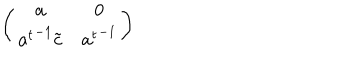
\left( \begin{matrix} { { { \bf a } } } & { { { 0 } } } \\ { { { { \bf a } ^ { t } } ^ { - 1 } { \tilde { \bf c } } } } & { { { { \bf a } ^ { t } } ^ { - 1 } } } \\ \end{matrix} \right)